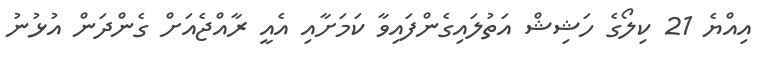
އިއްޔެ 21 ކިލޯގެ ހަޝިޝް އަތުލައިގެންފައިވާ ކަމަށާއި އެއީ ރާއްޖެއަށް ގެންދަން އުޅުނު